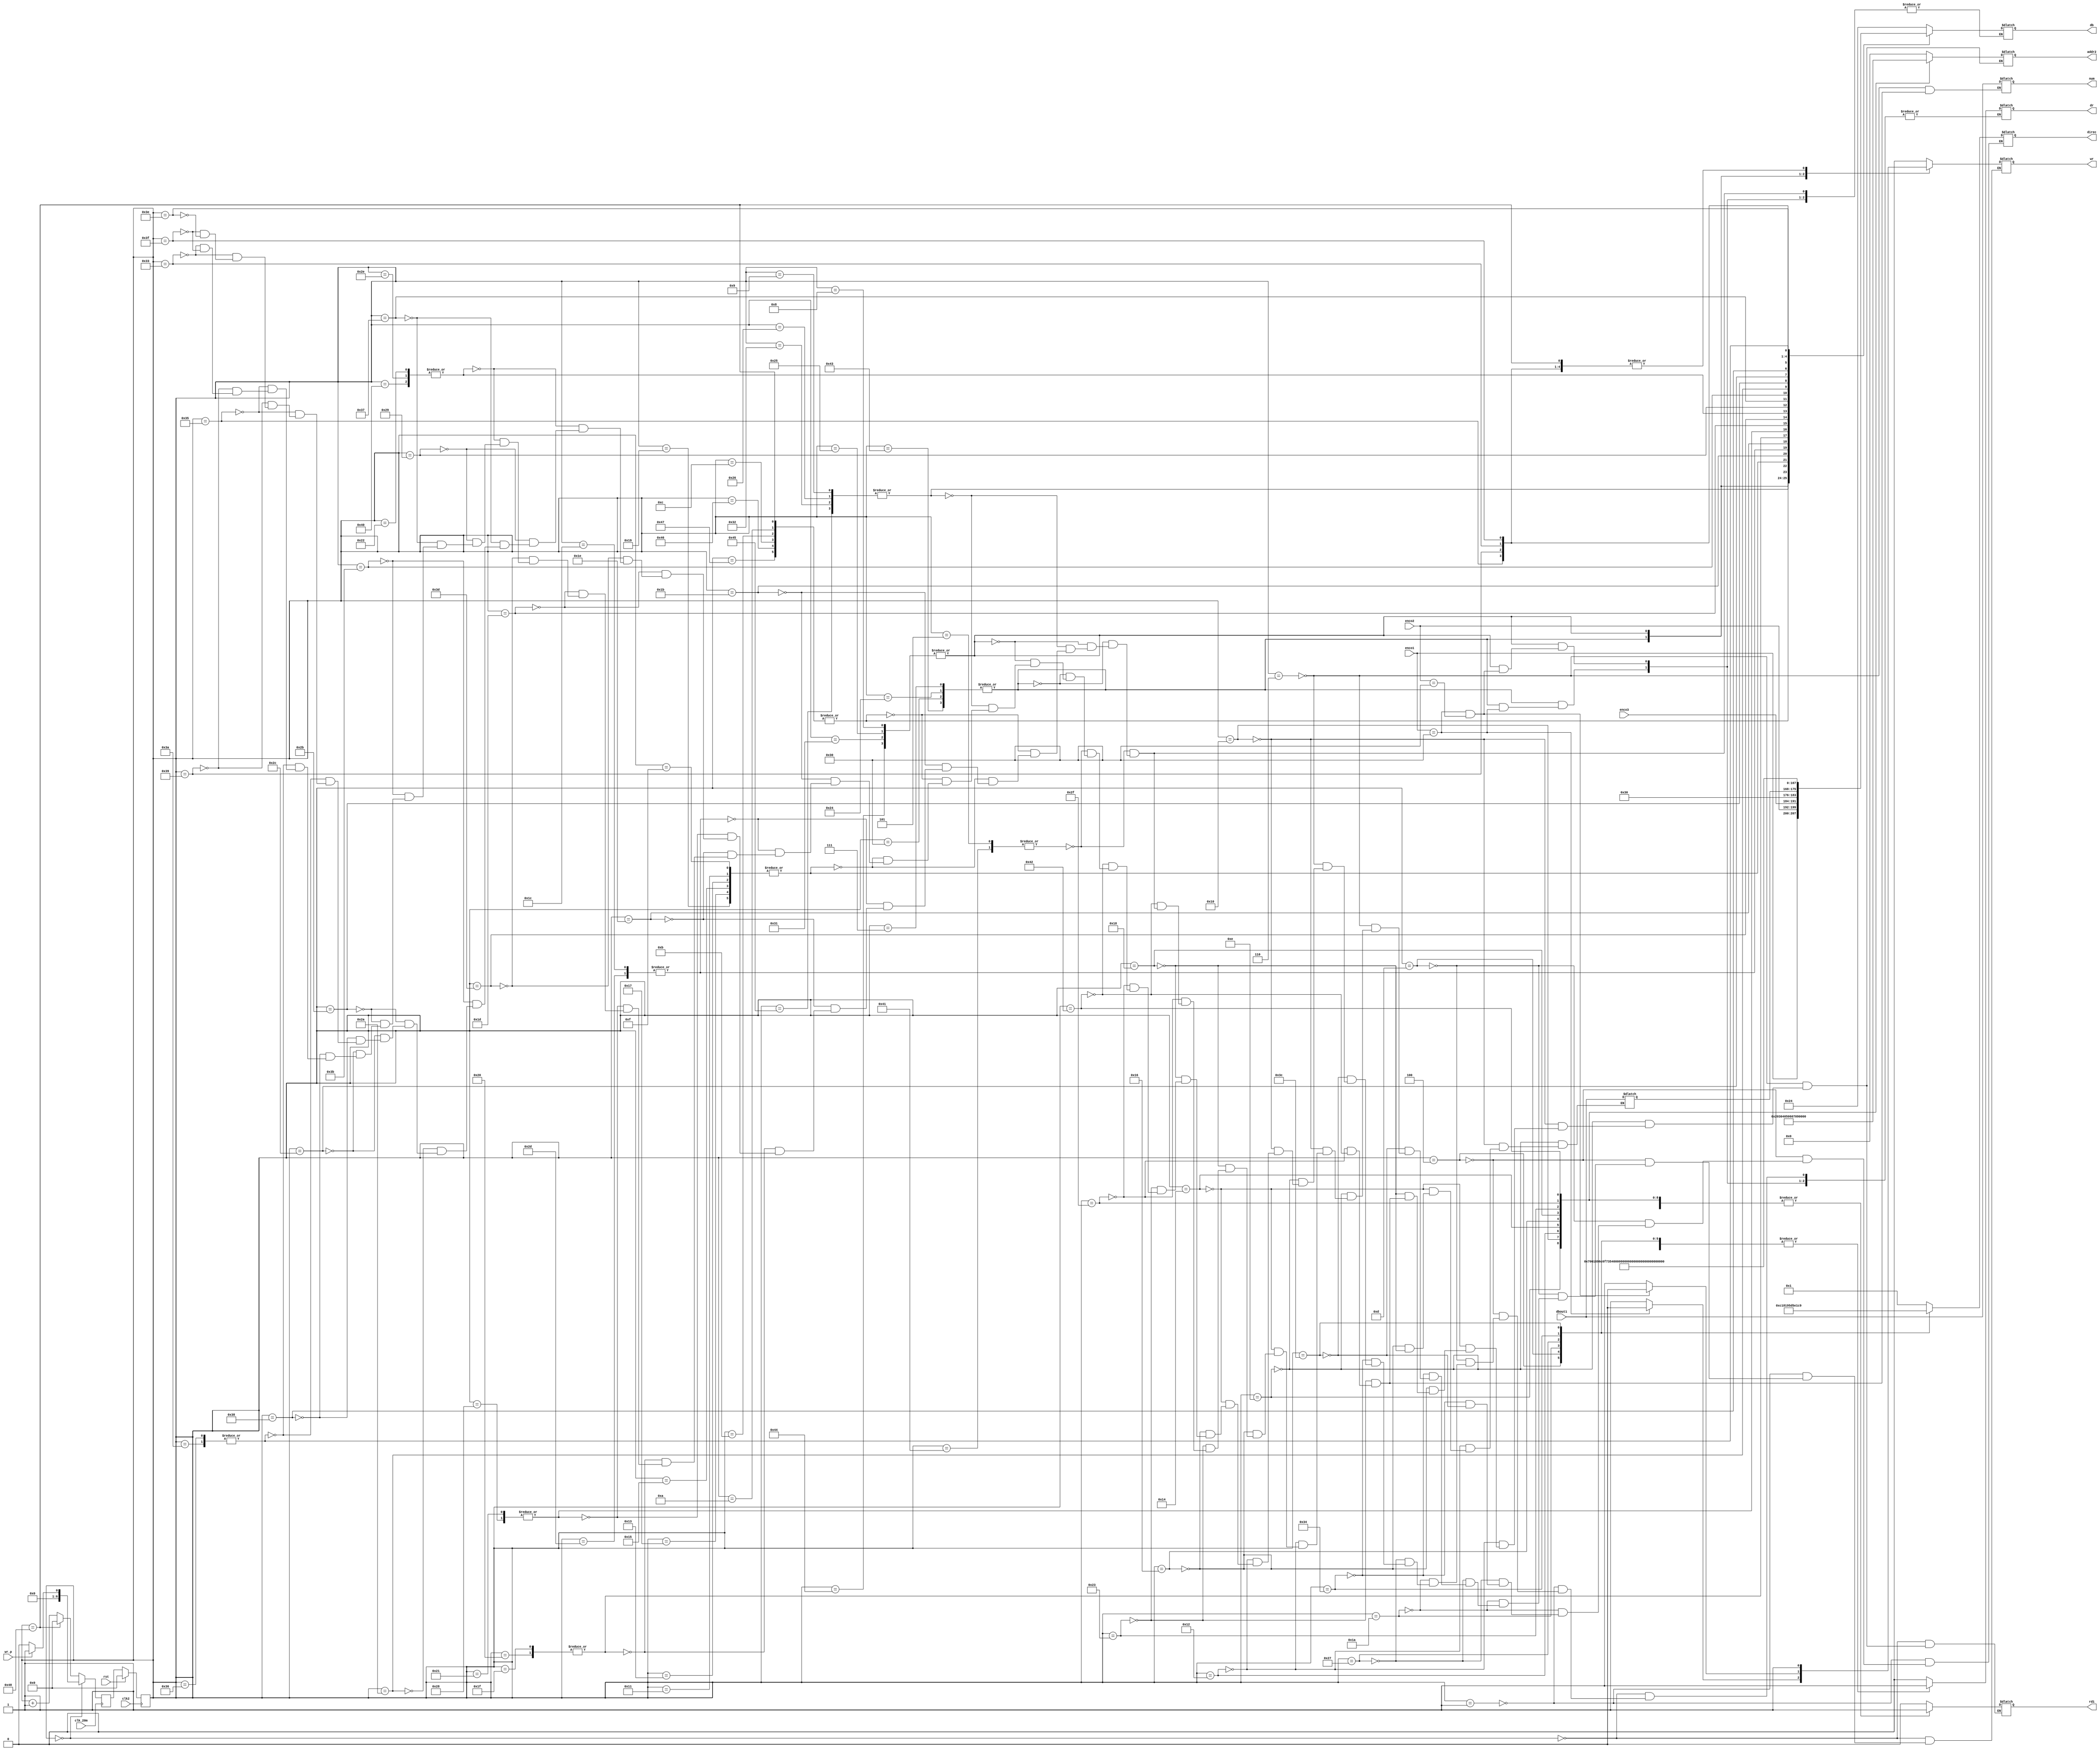
module rdram(
	input rst,
	input clk2,
	input clk_20m,
	input wr_p,
	input [7:0] enco1,
	input [7:0] enco2,
	input [7:0] enco3,
	input [7:0] dbout1,
	output reg [7:0] db,
	output reg [7:0] addr2,
	output reg [7:0] direc,
	output reg wr,
	output reg dr,
	output reg rd1,
	output reg [7:0] num
	);

	reg [6:0] estado = 0;
	reg [6:0] nestado = 0;
	reg [7:0] dbout = 0;
	//reg [9:0] addr = 0;
	parameter stay = 0;
	parameter erase = 1;
	parameter dr1 = 4;
	parameter peso = 5;
	parameter read = 6;	
	parameter precio1 = 7;
	parameter precio2 = 8;
	parameter precio3 = 9;
	parameter mil = 10;
	parameter mil2 = 11;
	parameter mil3 = 12;
	parameter dr2 = 13;
	parameter read2 = 14;
	parameter l1 = 15;
	parameter read3 = 16; 
	parameter l2 = 17;
	parameter read4 = 18;
	parameter l3 = 19;
	parameter read5 = 20;
	parameter l4 = 21;
	parameter read6 = 22;
	parameter l5 = 23;
	parameter read7 = 24;
	parameter l6 = 25;
	parameter dr3 = 26; //pasillo
	parameter p = 27;
	parameter a = 28;
	parameter s = 29;
	parameter i = 30;
	parameter l = 31;
	parameter ll2 = 32;
	parameter o = 33;
	parameter dospuntos = 34;
	parameter read8 = 35;
	parameter pasillo1 = 36;
	parameter pasillo2 = 37;
	parameter pasillo3 = 38;
	parameter dr4 = 39; //Oferta
	parameter o2 = 40;
	parameter f = 41;
	parameter e = 42;
	parameter r = 43;
	parameter t = 44;
	parameter a2 = 45;
	parameter dospuntos2 = 46;
	parameter read9 = 47;
	parameter oferta1 = 48;
	parameter oferta2 = 49;
	parameter oferta3 = 50;
	parameter por = 51;
	parameter dr5 = 52; // opcion
	parameter A = 53;
	parameter sep = 54;
	parameter uno = 55;
	parameter espace = 56;
	parameter D = 57;
	parameter sep2 = 58;
	parameter dos = 59;
	parameter dr6 = 60; //suma
	parameter s2 = 61;
	parameter u = 62;
	parameter m = 63;
	parameter dospuntos3 = 64;
	parameter peso2 = 65;
	parameter read10 = 66;
	parameter suma1 = 67;
	parameter suma2 = 68;
	parameter suma3 = 69;
	parameter mil4 = 70;
	parameter mil5 = 71;
	parameter mil6 = 72;
	/*parameter a = 33;
	parameter g = 34;
	parameter r = 35;
	parameter e = 36;
	parameter g = 37;*/
	 
	
	/*parameter l1 = 4;
	parameter dr3 = 5;
	parameter l2 = 6;
	parameter dr4 = 7;
	parameter l3 = 8;
	parameter dr5 = 9;
	parameter l4 = 10;
	parameter dr6 = 11;
	parameter l5 = 12;
	parameter dr7 = 13;
	parameter l6 = 14;
	parameter dr8 = 15;
	parameter oferta = 16;
	parameter dr9 = 17;
	parameter pasillo = 18;
	parameter stay = 0;
	parameter write = 1;
	parameter dr1 = 2;*/

	always@( negedge clk_20m ) //Logica de estado siguiente
	begin

	if( estado == stay)
	begin
	    if( wr_p )
	    begin
	        nestado = erase;
	    end
	    else
	    begin
		nestado = stay;
	    end
	end
	else if( estado == mil6 ) nestado = stay;
	else nestado = estado + 1; 
	end

	always@( posedge clk2 ) //Reset opcional, Actualizacion de estados
	begin

	if( rst ) estado = stay;
	else estado = nestado;

	end

	always@( estado ) //Memoria de estados
	begin
	case( estado )
	
	stay:
	begin 
	    wr = 0;
	    dr = 0;
	    rd1 = 0;
	end

	erase:
	begin
	    direc = 8'b00000001;
	    wr = 0;
	    dr = 1;
	end

	dr1:
	begin
	    direc = 8'b11000001;
	    wr = 0;
	    dr = 1;
	end

	dr2:
	begin
	    direc = 8'b10000001;
	    wr = 0;
	    dr = 1;
	end

	dr3:
	begin
	    direc = 8'b10010101;
	    wr = 0;
	    dr = 1;
	end

	dr4:
	begin
	    direc = 8'b11010101;
	    wr = 0;
	    dr = 1;
	end

	dr5:
	begin
	    direc = 8'b11100001;
	    wr = 0;
	    dr = 1;
	end
	
	dr6:
	begin
	    direc = 8'b11001001;
	    wr = 0;
	    dr = 1;
	end

	read:
	begin 
	    wr = 0;
	    dr = 0;
	    rd1 = 1;
	    addr2 = 8'h00;
	    num = dbout1;
	end

	read2:
	begin 
	    wr = 0;
	    dr = 0;
	    rd1 = 1;
	    addr2 = 8'h02;
	    dbout = dbout1;
	end

	read3:
	begin 
	    wr = 0;
	    dr = 0;
	    rd1 = 1;
	    addr2 = 8'h03;
	    dbout = dbout1;
	end

	read4:
	begin 
	    wr = 0;
	    dr = 0;
	    rd1 = 1;
	    addr2 = 8'h04;
	    dbout = dbout1;
	end

	read5:
	begin 
	    wr = 0;
	    dr = 0;
	    rd1 = 1;
	    addr2 = 8'h05;
	    dbout = dbout1;
	end

	read6:
	begin 
	    wr = 0;
	    dr = 0;
	    rd1 = 1;
	    addr2 = 8'h06;
	    dbout = dbout1;
	end

	read7:
	begin 
	    wr = 0;
	    dr = 0;
	    rd1 = 1;
	    addr2 = 8'h07;
	    dbout = dbout1;
	end

	read8:
	begin 
	    wr = 0;
	    dr = 0;
	    rd1 = 1;
	    addr2 = 8'h09;
	    num = dbout1;
	end

	read9:
	begin 
	    wr = 0;
	    dr = 0;
	    rd1 = 1;
	    addr2 = 8'h08;
	    num = dbout1;
	end

	read10:
	begin 
	    wr = 0;
	    dr = 0;
	    rd1 = 1;
	    addr2 = 8'h88;
	    num = dbout1;
	end

	peso, peso2:
	begin
	    db = 8'b00100100;
	    wr = 1;
	    dr = 0;
	end

	precio1, pasillo1, oferta1, suma1:
	begin
	    if( enco1 == 48 ) wr = 0;
	    else
	    begin
		db = enco1;
		wr = 1;
		dr = 0;
	    end
	    
	end

	precio2, pasillo2, oferta2, suma2:
	begin
	    if( enco1 == 48 && enco2 == 48 ) wr = 0;
	    else
	    begin 
	        db = enco2;
	        wr = 1;
	        dr = 0;
	    end	
	end

	precio3, pasillo3, oferta3, suma3:
	begin
	    db = enco3;
	    wr = 1;
	    dr = 0;
	end

	mil, mil2, mil3, mil4, mil5, mil6:
	begin
	    db = 8'b00110000;
	    wr = 1;
	    dr = 0;
	end

	l1, l2, l3, l4, l5, l6:
	begin
	    
	    db = dbout;
	    wr = 1;
	    dr = 0;
	end

	p:
	begin
	    db = 8'b01110000;
	    dr = 0;
	    wr = 1;
	end

	a, a2:
	begin
	    db = 8'b01100001;
	    dr = 0;
	    wr = 1;
	end

	i:
	begin
	    db = 8'b01101001;
	    dr = 0;
	    wr = 1;
	end

	l, ll2:
	begin
	    db = 8'b01101100;
	    dr = 0;
	    wr = 1;
	end

	o, o2:
	begin
	    db = 8'b01101111;
	    dr = 0;
	    wr = 1;
	end

	s:
	begin
	    db = 8'b01110011;
	    dr = 0;
	    wr = 1;
	end

	s2:
	begin
	    db = 8'b01010011;
	    dr = 0;
	    wr = 1;
	end


	dospuntos, dospuntos2, dospuntos3:
	begin
	    db = 8'b00111010;
	    dr = 0;
	    wr = 1;
	end

	f:
	begin
	    db = 8'b01100110;
	    dr = 0;
	    wr = 1;
	end

	uno:
	begin
	    db = 8'b00110001;
	    dr = 0;
	    wr = 1;
	end

	dos:
	begin
	    db = 8'b00110010;
	    dr = 0;
	    wr = 1;
	end

	e:
	begin
	    db = 8'b01100101;
	    wr = 1;
	end

	r:
	begin
	    db = 8'b01110010;
	    dr = 0;
	    wr = 1;
	end

	t:
	begin
	    db = 8'b01110100;
	    dr = 0;
	    wr = 1;
	end

	espace:
	begin
	    db = 8'b00100000;
	    dr = 0;
	    wr = 1;
	end

	sep, sep2:
	begin
	    db = 8'b00101101;
	    dr = 0;
	    wr = 1;
	end

	A:
	begin
	    db = 8'b01000001;
	    dr = 0;
	    wr = 1;
	end

	D:
	begin
	    db = 8'b01000100;
	    dr = 0;
	    wr = 1;
	end

	por:
	begin
	    db = 8'b00100101;
	    dr = 0;
	    wr = 1;
	end	

	m:
	begin
	    db = 8'b01101101;
	    wr = 1;
	    dr = 0;
	end
	
	u:
	begin
	    db = 8'b01110101;
	    wr = 1;
	end	
	
	endcase

	end

endmodule